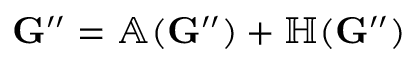
\mathbf { G } ^ { \prime \prime } = \mathbb { A } ( \mathbf { G } ^ { \prime \prime } ) + \mathbb { H } ( \mathbf { G } ^ { \prime \prime } )